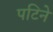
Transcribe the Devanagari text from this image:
पटिने